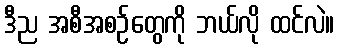
ဒီည အစီအစဉ်တွေကို ဘယ်လို ထင်လဲ။